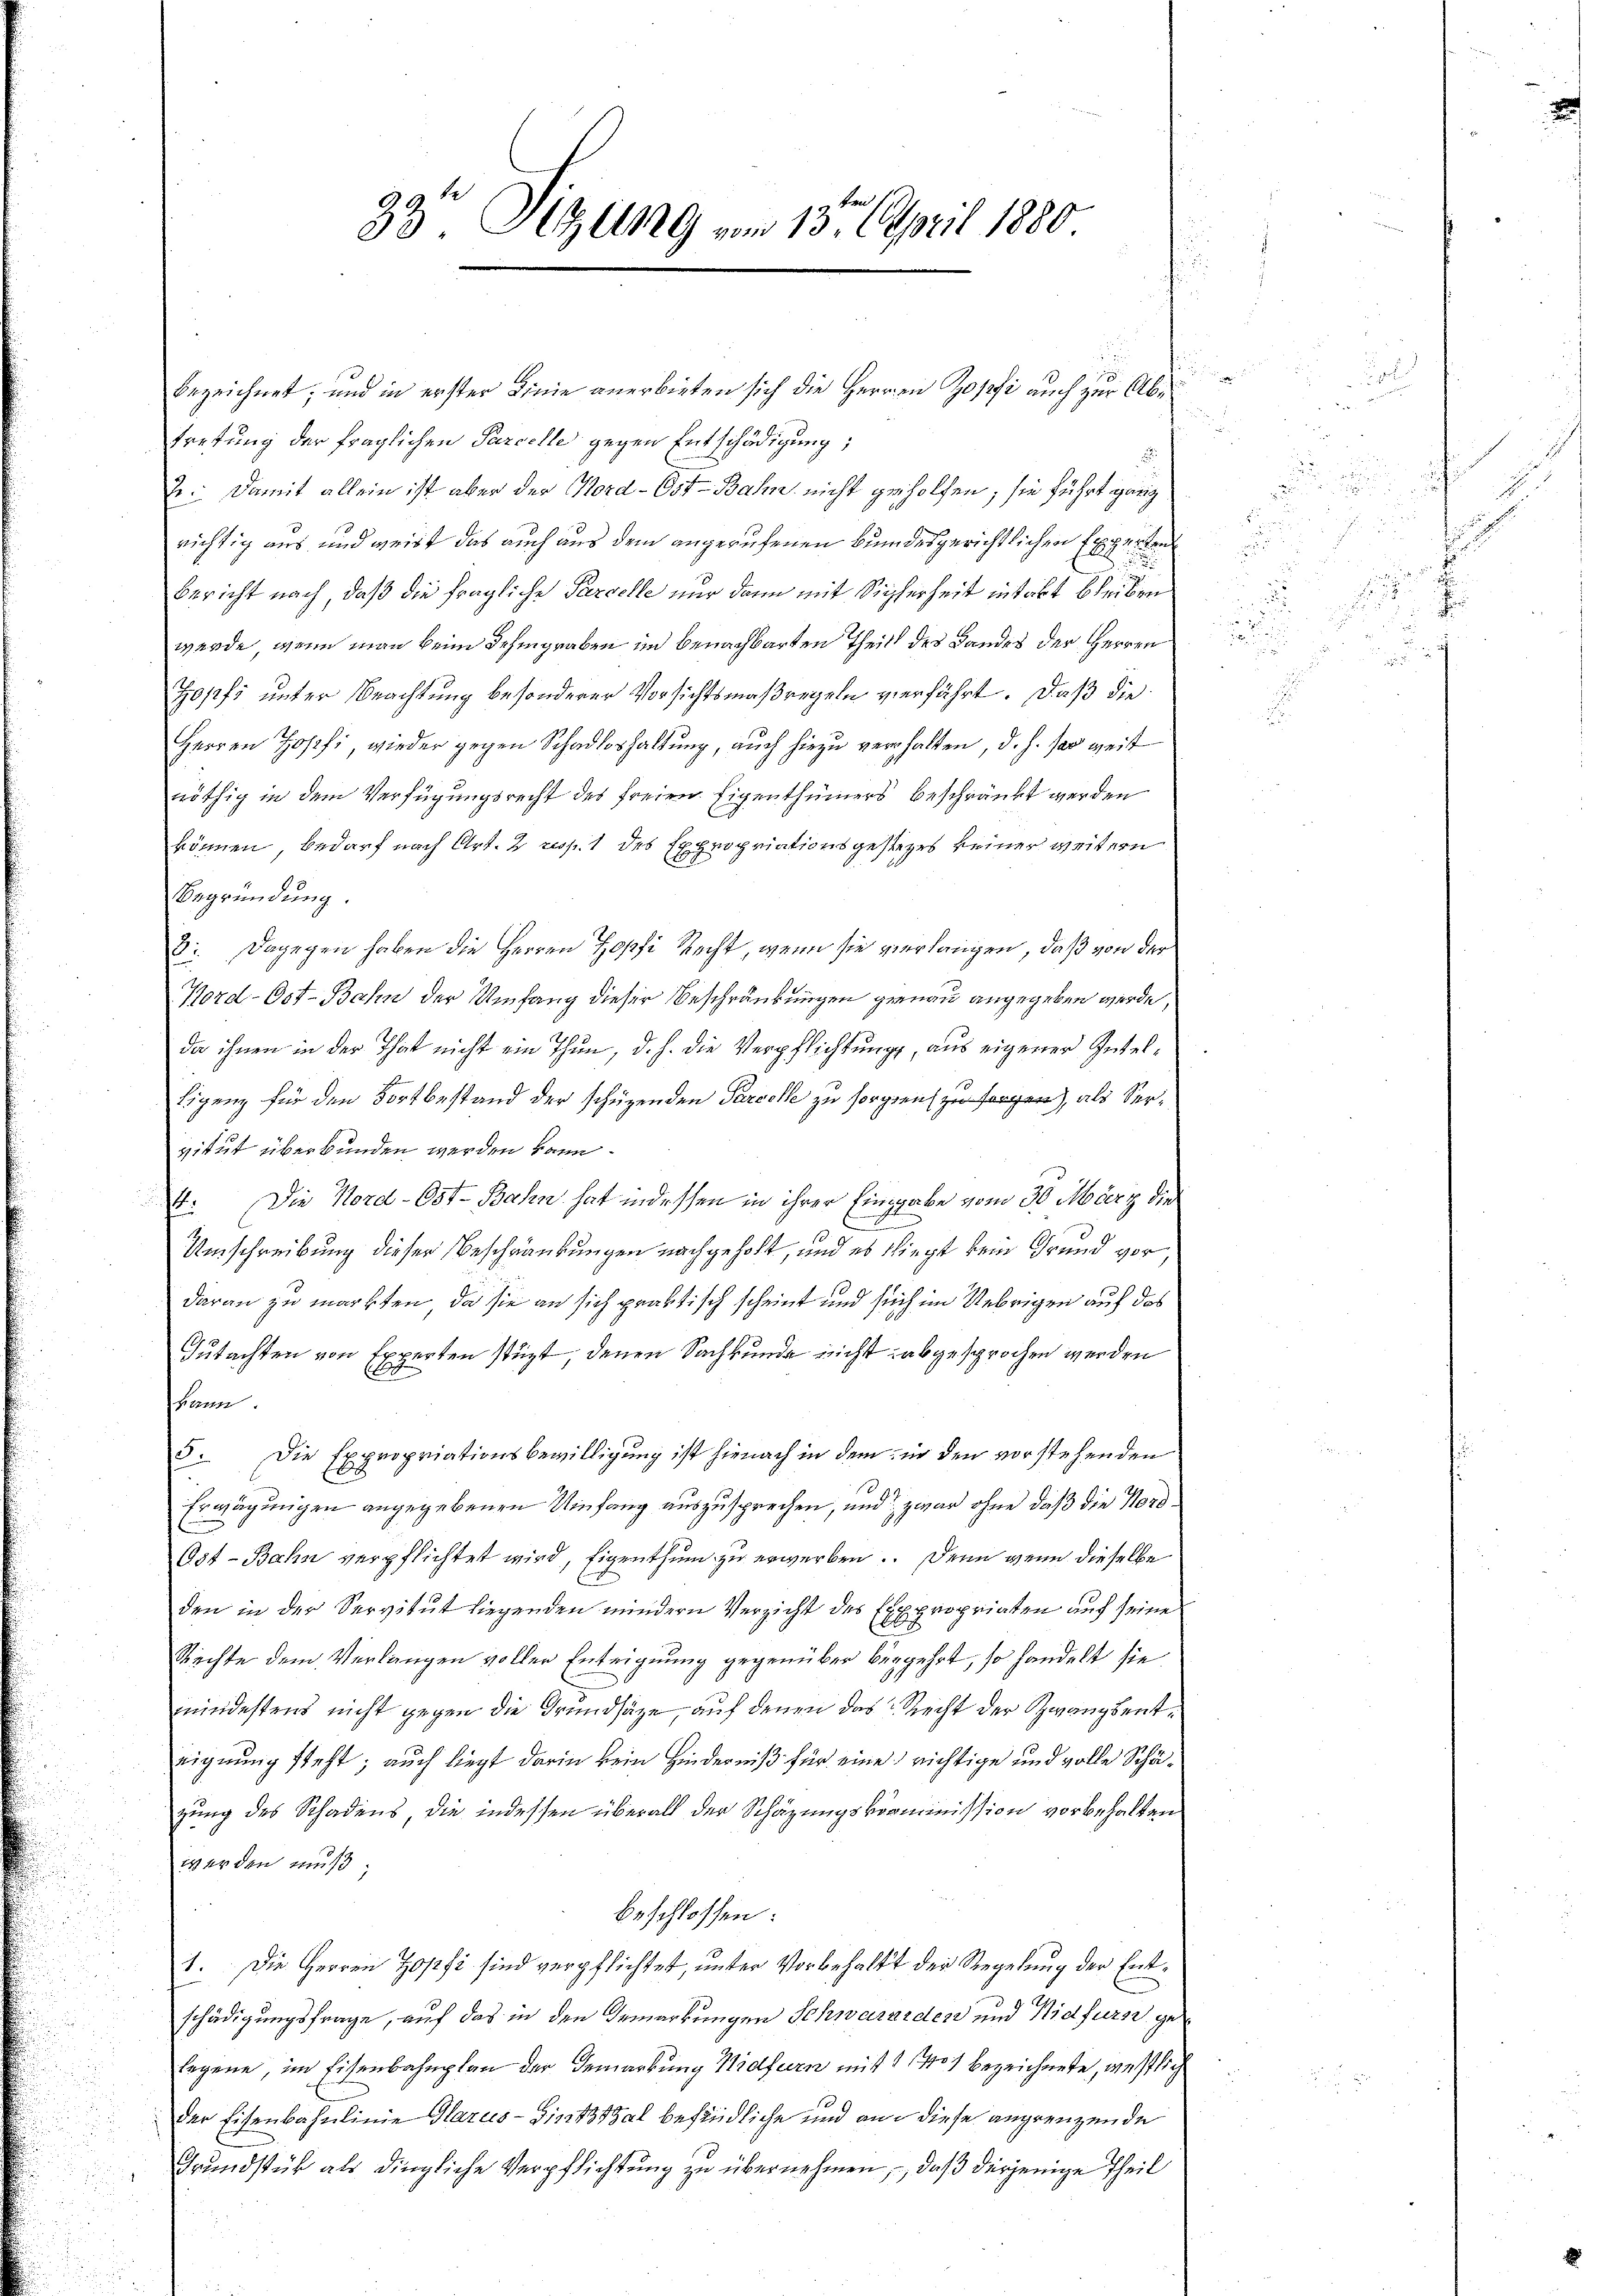
32 Sitzung vom 13. April 1880

bezeichnet; und in erster Linie anerbieten sich die Herren Zopfi auch zur Abtretung der fraglichen Parcelle gegen Entschädigung;
.
2. Damit allein ist aber der Nord- Ost-Bahn nicht geholfen; sie führt ganz
richtig aus und geist das auch aus dem angerufenen Bundesgerichtlichen Experten
Bericht nach, daß die fragliche Parcelle nur dann mit Sicherheit intakt bleiben
werde, wenn man beim Dahingraben im benachbarten Theils des Landes der Herren
opfi unter Beachtung besonderer Vorsichtsmaßregeln verfährt. Daß die
Herren Josef, wieder gegen Schadloshaltung, auch hiezu verhalten, d. h. so weit
rröthig in dem Verfügungsrecht des freien Eigenthümers beschränkt werden
können, bedarf nach Art. 2 resp. 1 des Expropriationsgestezes keiner weitern
Begründung.
8: Dagegen haben die Herren Hopfi Recht, wenn sie verlangen, daß von der
Nord-Ost-Bahn der Umfang dieser Beschränkungen genau angegeben wurde.
da ihnen in der That nicht ein Thun, d. h. die Verpflichtung, aus eigener Intel¬
Eigenz für den Fortbestand der schüzenden Parcele zu sorgern zu sorgen), als Servitut überbunden werden kann.
4: Die Nord-Ost-Bahn hat indessen in ihrer Eingabe vom 30. März die
s
Umschreibung dieser Beschränkungen nachgeholt, und es fliegt kein Grund vor
daran zu markten, da sie an sich praktisch scheint und sich im Uebrigen auf das
Gutachten von Experten stüzt, denen Sachkunde nicht abgesprochen werden
hann
5. Die Expropriationsbewilligung ist hienach in dem in den vorstehenden
Erwägungen angegebenen Umfang auszusprechen, und zwar ohne daß die Nord¬
Ost-Bahn verpflichtet wird, Eigenthum zu erwerben. Denn wenn dieselbe
den in der Servitut liegenden mindern Verzicht des Expropriaten auf seine
Rechte dem Verlangen voller Enteignung gegenüber begehrt, so handelt sie
mindestens nicht gegen die Grundsätze, auf denen das Recht der Zwangsenteignung steht; auch liegt darin kein Hinderniß für eine richtige und volle Schäzung des Schadens, die indessen überall der Schäzungskommnission vorbehalten
werden muß;
beschlossen:
1. Die Herren Zopfi sind verpflichtet, unter Vorbehalt der Regelung der Entschädigungsfrage, auf das in den Gemerkungen Schwarzrden und Nidfurst gelogene, im Eisenbahnplan der Gemarkung Widfern mit 1 1401 bezeichnete, westlich
der Eisenbahnlinie Glarus-Gintstal befindliche und an diese angrenzende
Grundstück als dingliche Verpflichtung zu übernehmen, daß derjenige Theil

t